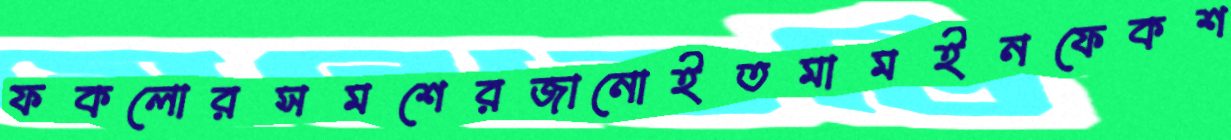
ফকলোরসমশেরজানোইতমামইনফেকশ